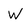
Character: W